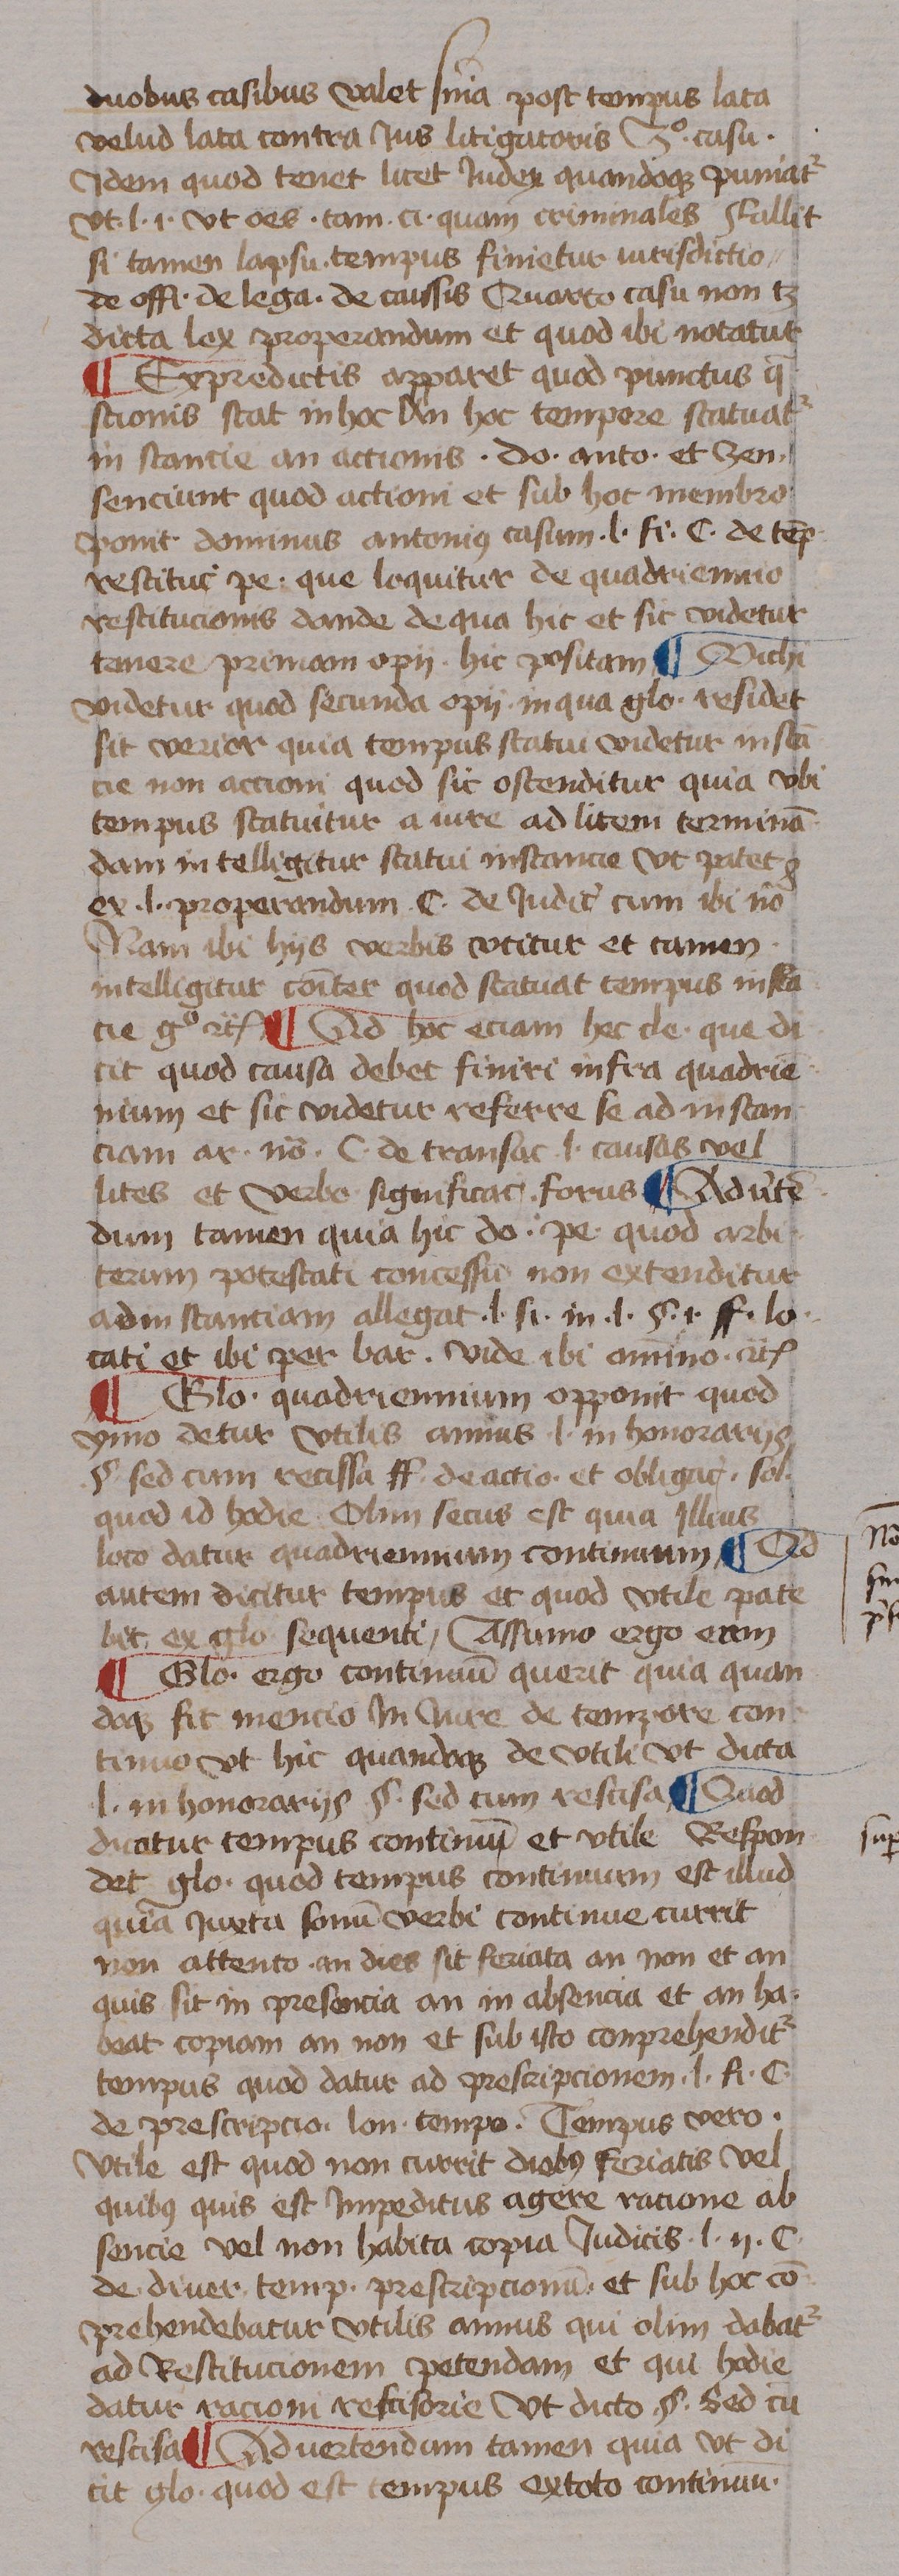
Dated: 1433–1465